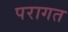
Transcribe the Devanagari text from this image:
परागत